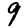
Digit: 9